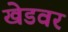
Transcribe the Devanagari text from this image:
खेडवर